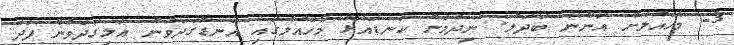
3- މާހައުލަށް އަންނަ ބަދަލު: ނިދުމަށް ކަނޑައެޅޭ މާހައުލުގައި އަނޑުގަދަވުން އަލިގަދަވުން ފަދަ